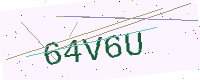
Text: 64V6U